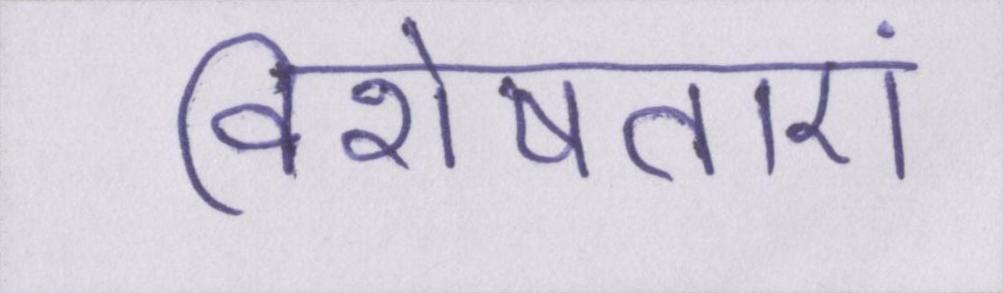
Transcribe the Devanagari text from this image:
विशेषताएं